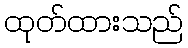
ထုတ်ထားသည်